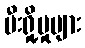
မီးရှို့မှုများ